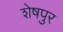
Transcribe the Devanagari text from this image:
शेषपुर